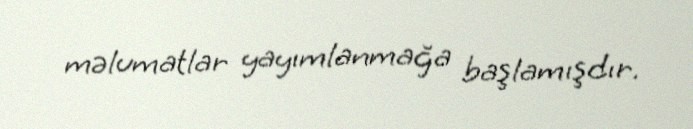
məlumatlar yayımlanmağa başlamışdır.